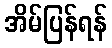
အိမ်ပြန်ရန်